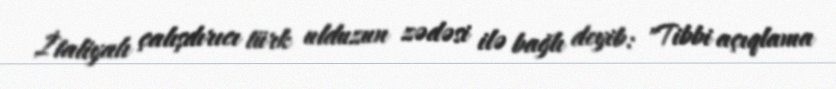
İtaliyalı çalışdırıcı türk ulduzun zədəsi ilə bağlı deyib: "Tibbi açıqlama